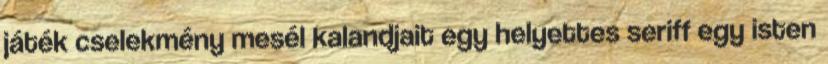
játék cselekmény mesél kalandjait egy helyettes seriff egy isten